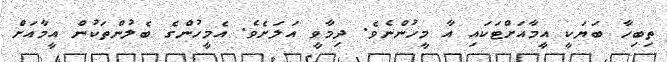
ތިބިހާ ބަޔަކީ އީމާއަށްޓަކައި އާ މީހުންނެވެ. ދިމާވީ އަލަށެވެ. އެމީހުންގެ ބެލުންތަކުން އީމާއަށް